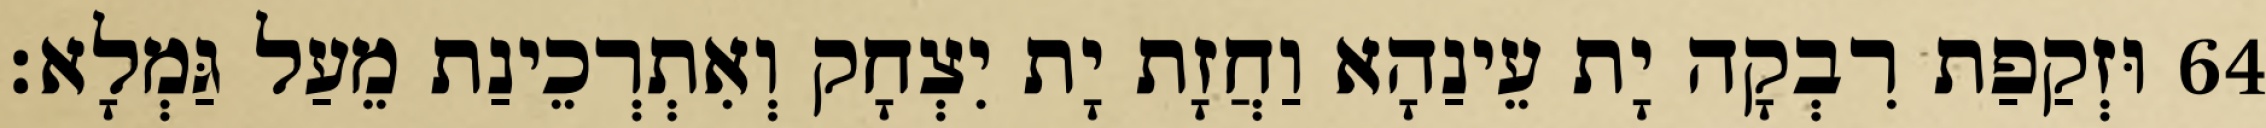
64 וּזְקַפַת רִבְקָה יָת עֵינַהָא וַחֲזָת יָת יִצְחָק וְאִתְרְכֵינַת מֵעַל גַּמְלָא׃